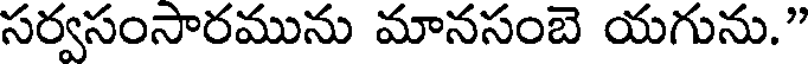
సర్వసంసారమును మానసంబె యగును."